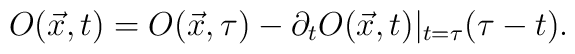
O(\vec{x},t) = O(\vec{x},\tau) - \partial_tO(\vec{x},t)|_{t=\tau}(\tau-t).